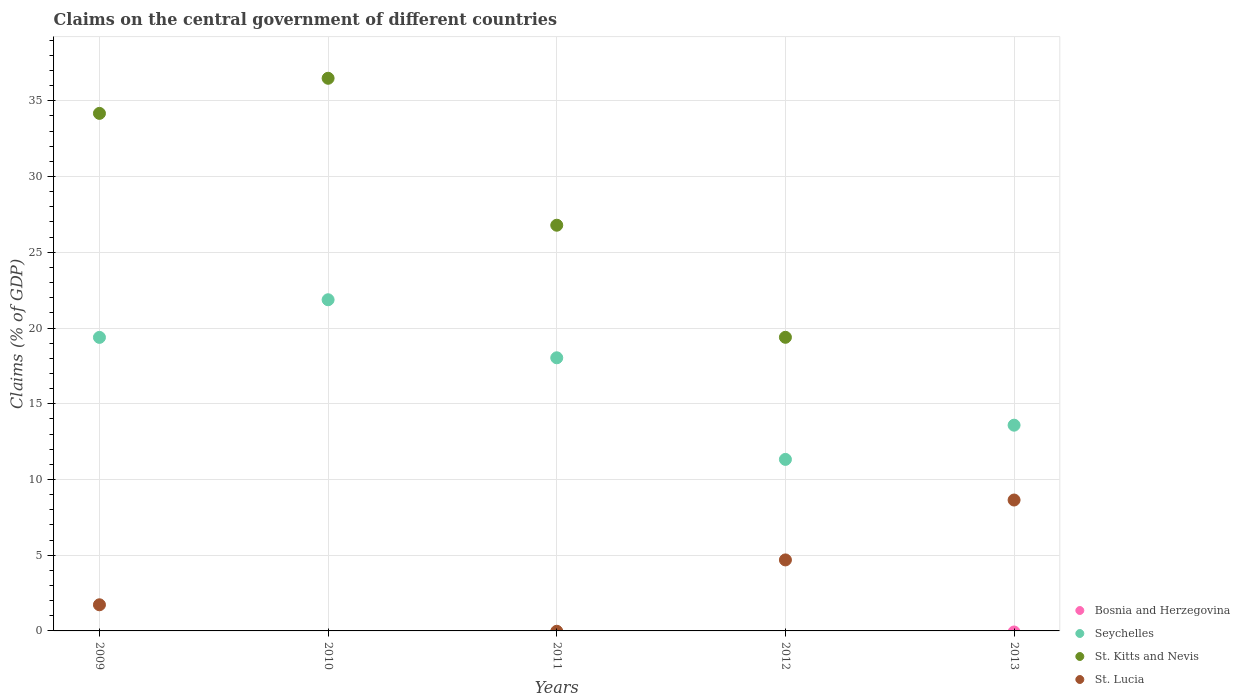
| Years | Bosnia and Herzegovina | Seychelles | St. Kitts and Nevis | St. Lucia |
 | --- | --- | --- | --- | --- |
 | 2009 | -5.32 | 19.4 | 34.2 | 1.73 |
 | 2010 | -4 | 21.9 | 36.5 | -1.36 |
 | 2011 | -1.71 | 18 | 26.8 | -0.0224 |
 | 2012 | -0.707 | 11.3 | 19.4 | 4.69 |
 | 2013 | -0.0704 | 13.6 | -18.6 | 8.64 |